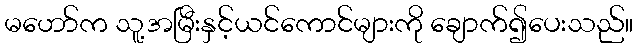
မဟော်က သူ့အမြီးနှင့်ယင်ကောင်များကို ချောက်၍ပေးသည်။